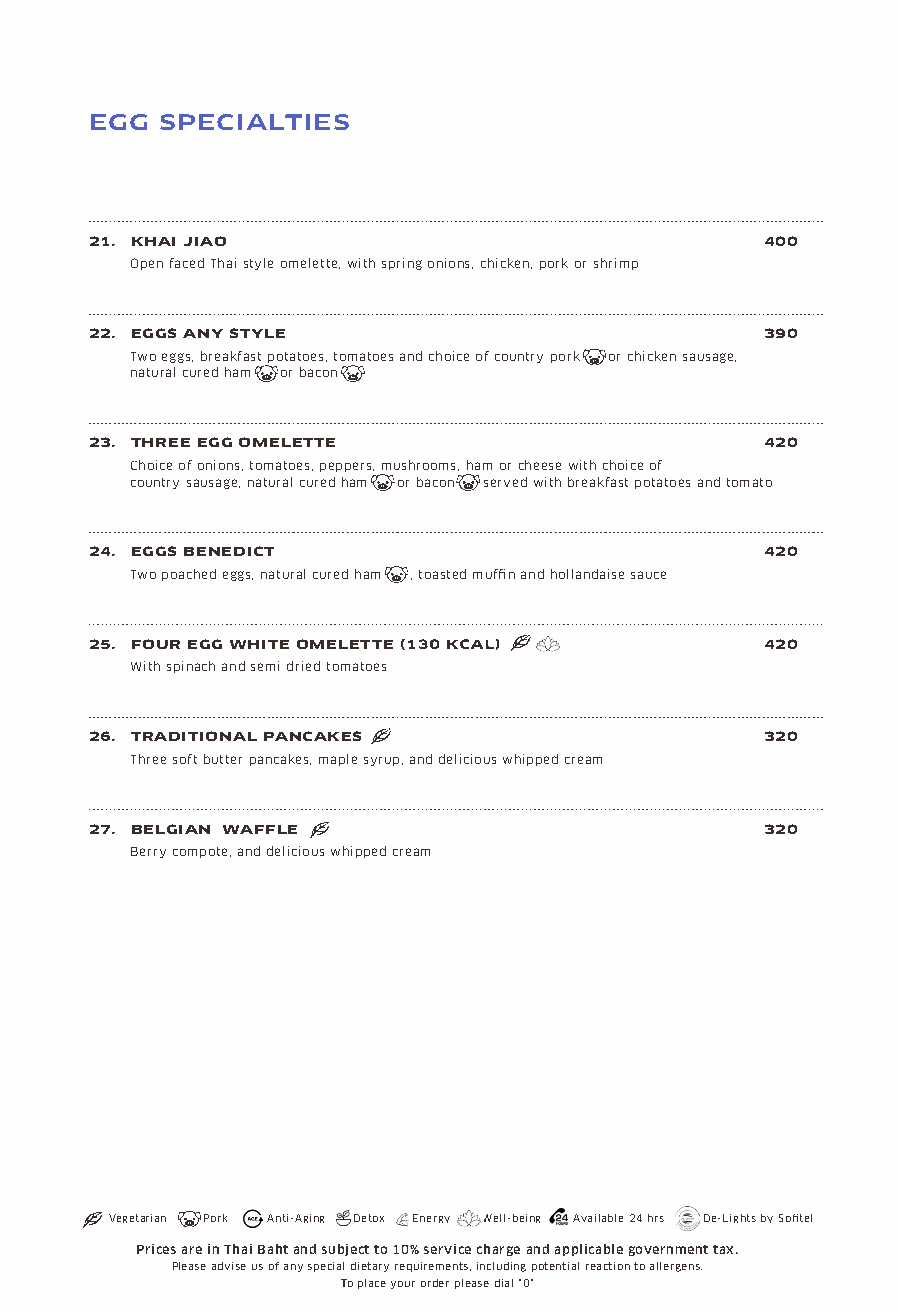
EGG  SPECIALTIES
 21. KHAI JIAO                                400
 Open faced Thai style omelette, with spring onions, chicken, pork or shrimp
 22. EGGS ANY STYLE                           390
 Two eggs, breakfast potatoes, tomatoes and choice of country pork or chicken sausage,
 natural cured ham or bacon
 23. THREE EGG OMELETTE                       420
 Choice of onions, tomatoes, peppers, mushrooms, ham or cheese with choice of
 country sausage, natural cured ham or bacon served with breakfast potatoes and tomato
 24. EGGS BENEDICT                            420
 Two poached eggs, natural cured ham , toasted muffin and hollandaise sauce
 25. FOUR EGG WHITE OMELETTE K                420
 With spinach and semi dried tomatoes
 26. TRADITIONAL PANCAKES                     320
 Three soft butter pancakes, maple syrup, and delicious whipped cream
 27. BELGIAN WAFFLE                           320
 Berry compote, and delicious whipped cream
 Vegetarian Pork Anti-Aging Detox Energy Well-being Available 24 hrs De-Lights by Sofitel
 Prices are in Thai Baht and subject to 10% service charge and applicable government tax.
 Please advise us of any special dietary requirements, including potential reaction to allergens.
 To place your order please dial "0"